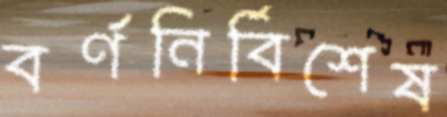
বর্ণনির্বিশেষ